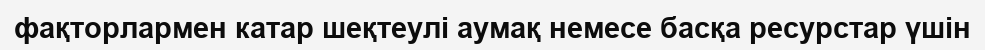
фақторлармен катар шеқтеулі аумақ немесе басқа ресурстар үшін